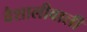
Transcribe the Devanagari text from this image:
वैशालीवाली